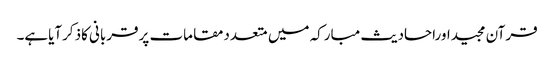
قرآن مجیداوراحادیث مبارکہ میں متعددمقامات پرقربانی کاذکرآیاہے۔